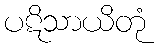
ပဋိသာယိတုံ